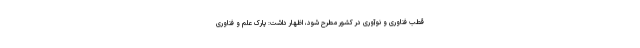
قطب فناوری و نوآوری در کشور مطرح شود، اظهار داشت: پارک علم و فناوری